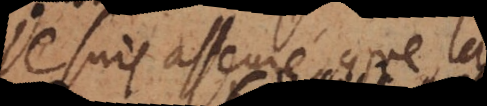
je suis asseuré que la